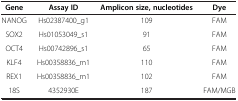
| Gene | Assay ID | Amplicon size, nucleotides | Dye |
 | --- | --- | --- | --- |
 | NANOG | Hs02387400_g1 | 109 | FAM |
 | SOX2 | Hs01053049_s1 | 91 | FAM |
 | OCT4 | Hs00742896_s1 | 65 | FAM |
 | KLF4 | Hs00358836_m1 | 110 | FAM |
 | REX1 | Hs00358836_m1 | 102 | FAM |
 | 18S | 4352930E | 187 | FAM/MGB |